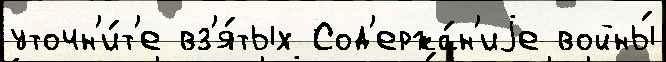
уточн'и́т'е вз'я́тых Сод'ержа́н'иjе войны́